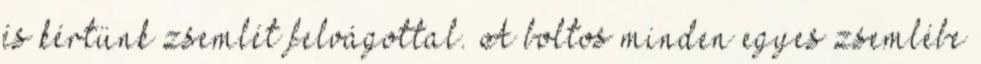
és kértünk zsemlét felvágottal. A boltos minden egyes zsemlébe